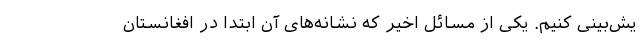
یش‌بینی کنیم. یکی از مسائل اخیر که نشانه‌های آن ابتدا در افغانستان